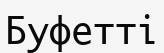
Буфетті